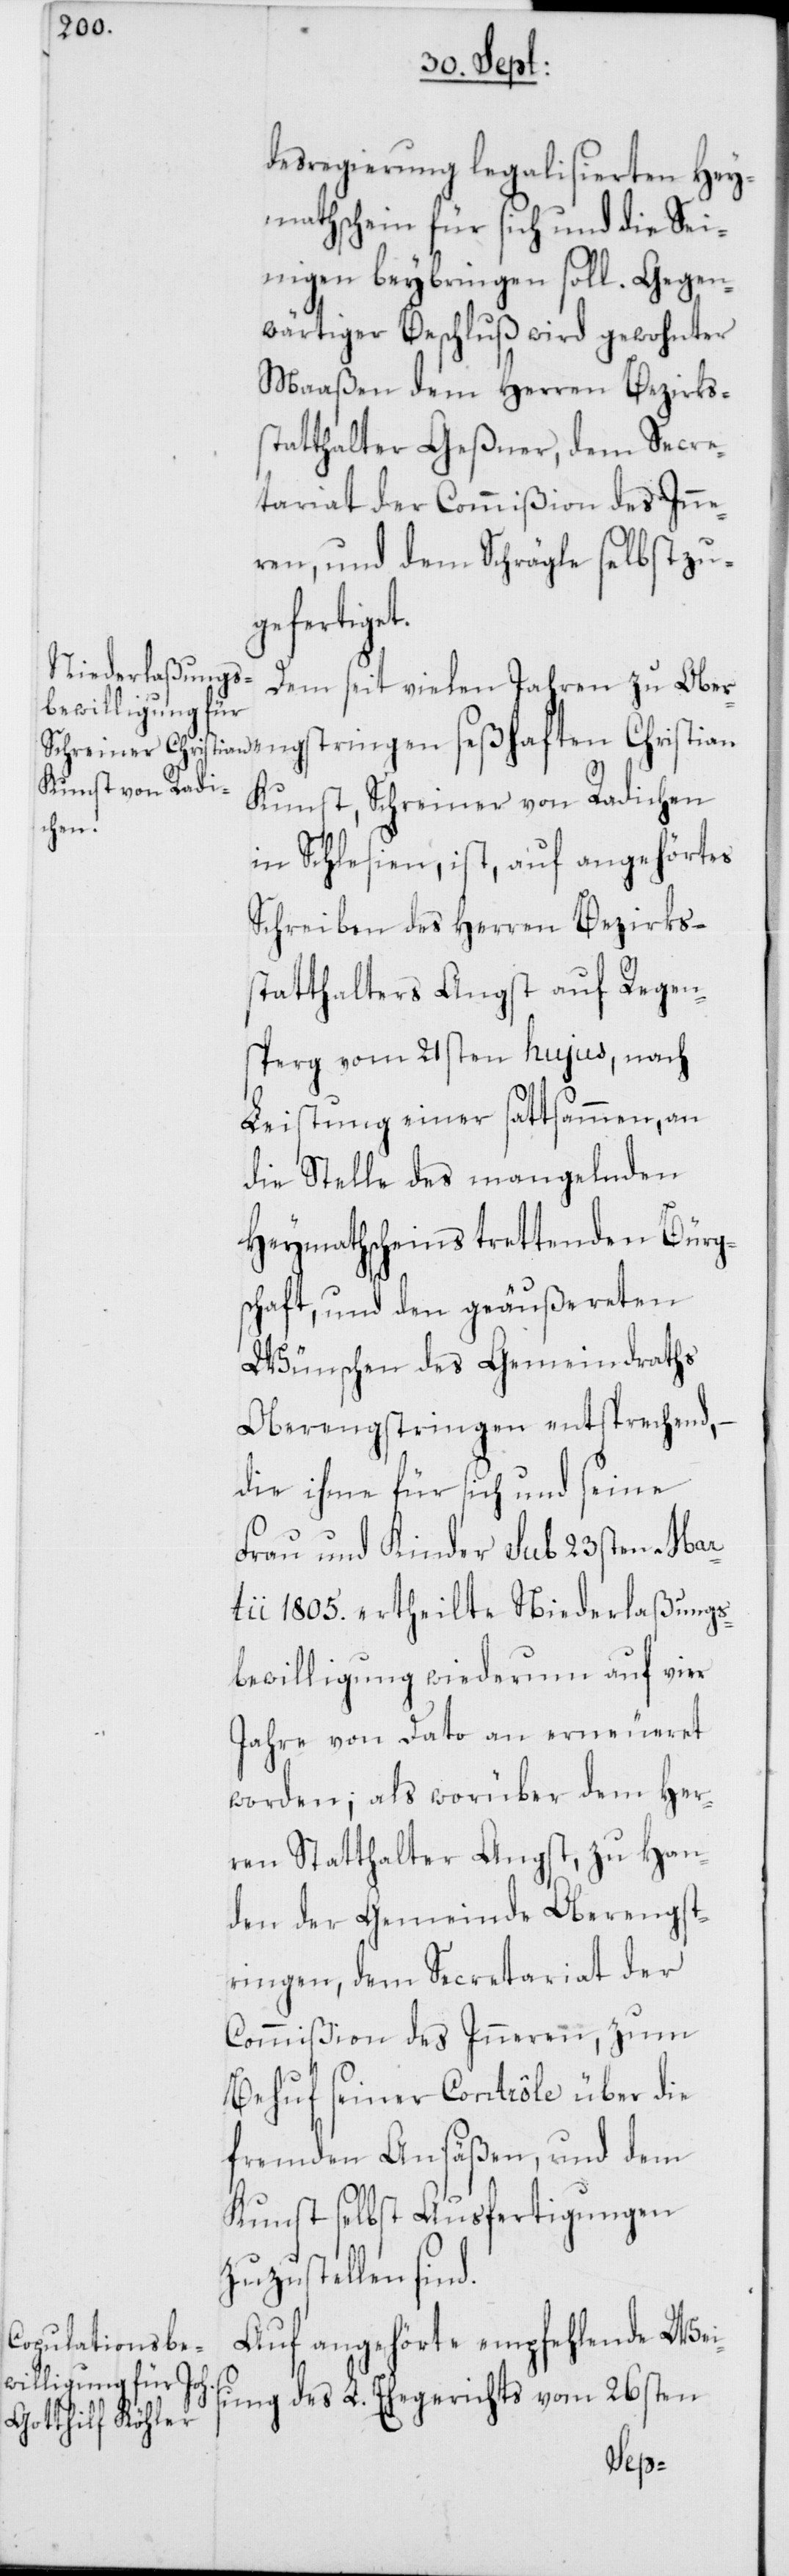
desregierung legalisierten Hey¬
mathschein für sich und die Sei¬
nigen beybringen soll. Gegen¬
wärtiger Beschluß wird gewohnter
Maaßen dem Herren Bezirkss¬
tatthalter Geßner, dem Secre¬
tariat der Commißion des Inne¬
ren, und dem Schrägle selbst zu¬
gefertige¬
Dem seit vielen Jahren zu Ober¬
engstringen seßhaften Christian
Kunst, Schreiner von Radichen
in Schlesien, ist, auf angehörtes
Schreiben des Herren Bezirks¬
statthalters Angst auf Regen¬
sperg vom 21sten hujus, nach
Leistung einer sattsammen, an
die Stelle des mangelnden
Heymathscheins trettenden Bürg¬
schaft, und den geäußereten
Wünschen des Gemeindraths
Oberengstringen entsprechend, –
die ihme für sich und seine
Frau und Kinder sub 23sten Mar¬
tii 1805. ertheilte Niederlaßungs¬
bewilligung wiederum auf vier
Jahre von Dato an erneueret
worden; als worüber dem Her¬
ren Statthalter Angst, zu Han¬
den der Gemeinde Oberengst¬
ringen, dem Secretariat der
Commißion des Inneren, zum
Behuf seiner Contrôle über die
fremden Ansäßen, und dem
Kunst selbst Ausfertigungen
zuzustellen sind.
Auf angehörte empfehlende Weis¬
ung des L. Ehegerichts vom 26sten
t.